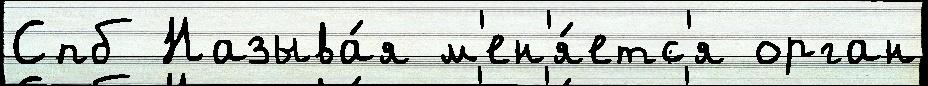
Спб Называ́я м'ен'я́етс'я орган